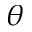
\theta